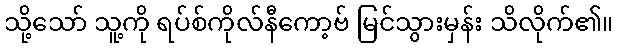
သို့သော် သူ့ကို ရပ်စ်ကိုလ်နီကော့ဗ် မြင်သွားမှန်း သိလိုက်၏။